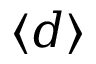
\langle d \rangle